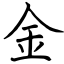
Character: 金